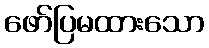
ဖော်ပြမထားသော